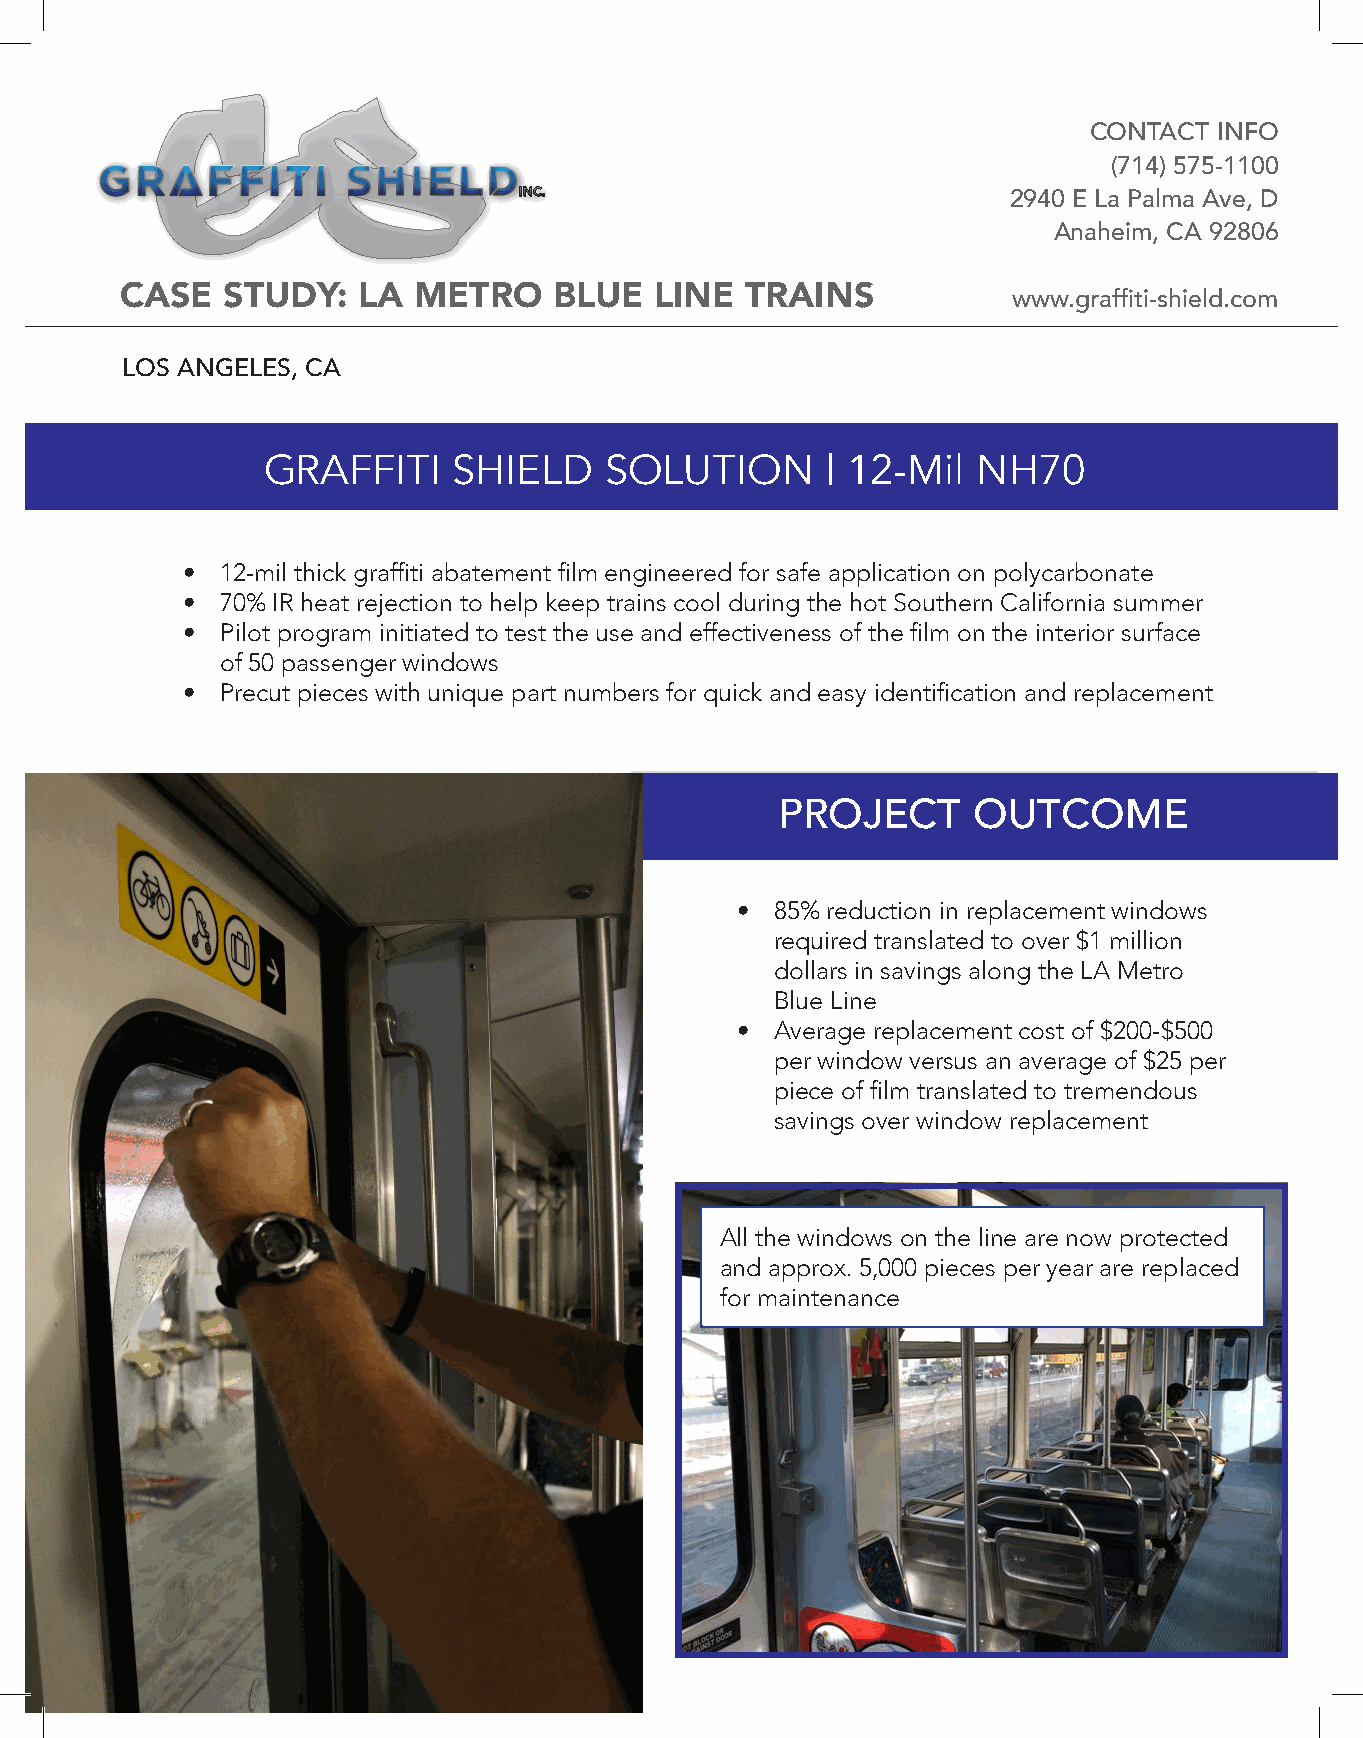
CONTACT  INFO
 (714) 575-1100
 2940 E La Palma Ave, D
 Anaheim, CA 92806
 CASE   STUDY:   LA METRO     BLUE  LINE  TRAINS            www.graffiti-shield.com
 LOS ANGELES, CA
 GRAFFITI     SHIELD    SOLUTION       | 12-Mil  NH70
 •  12-mil thick graffiti abatement film engineered for safe application on polycarbonate
 •  70% IR heat rejection to help keep trains cool during the hot Southern California summer
 •  Pilot program initiated to test the use and effectiveness of the film on the interior surface
 of 50 passenger windows
 •  Precut pieces with unique part numbers for quick and easy identification and replacement
 PROJECT      OUTCOME
 • 85% reduction in replacement windows
 required translated to over $1 million
 dollars in savings along the LA Metro
 Blue Line
 • Average replacement cost of $200-$500
 per window versus an average of $25 per
 piece of film translated to tremendous
 savings over window replacement
 All the windows on the line are now protected
 and approx. 5,000 pieces per year are replaced
 for maintenance